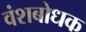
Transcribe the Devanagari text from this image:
वंशबोधक